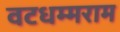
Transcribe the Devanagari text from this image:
वटधम्मराम